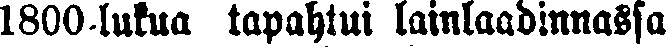
1800-lukua tapahtui lainlaadinnassa